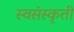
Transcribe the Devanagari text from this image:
स्वसंस्कृती